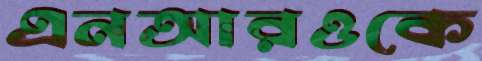
এনআরওকে